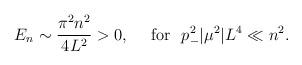
LaTeX: \begin{align*}E_n \sim \frac{\pi^2 n^2}{4 L^2} > 0, \ \ \ \ {\rm for} \ \ p_-^2|\mu^2| L^4 \ll n^2.\end{align*}